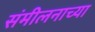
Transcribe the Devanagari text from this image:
संमीलनाच्या